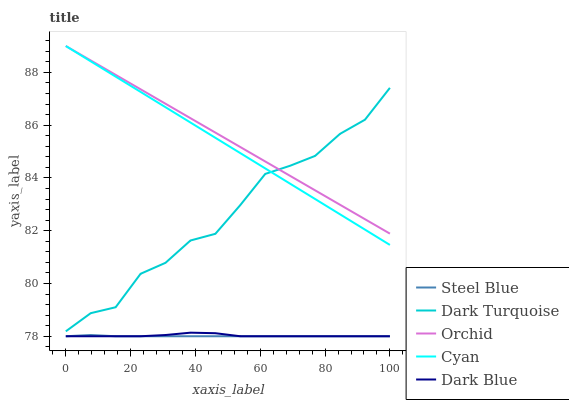
| xaxis_label | Steel Blue | Dark Turquoise | Orchid | Cyan | Dark Blue |
 | --- | --- | --- | --- | --- | --- |
 | 0 | 78 | 78.2 | 89 | 89 | 78 |
 | 7.69 | 78 | 78.9 | 88.5 | 88.4 | 78 |
 | 15.4 | 78 | 79.1 | 87.9 | 87.8 | 78 |
 | 23.1 | 78 | 80.4 | 87.4 | 87.3 | 78 |
 | 30.8 | 78 | 80.8 | 86.8 | 86.7 | 78 |
 | 38.5 | 78 | 81.6 | 86.3 | 86.1 | 78.1 |
 | 46.2 | 78 | 81.9 | 85.7 | 85.5 | 78.1 |
 | 53.8 | 78 | 83 | 85.2 | 84.9 | 78 |
 | 61.5 | 78 | 84.2 | 84.6 | 84.4 | 78 |
 | 69.2 | 78 | 84.5 | 84.1 | 83.8 | 78 |
 | 76.9 | 78 | 84.8 | 83.5 | 83.2 | 78 |
 | 84.6 | 78 | 85.7 | 83 | 82.6 | 78 |
 | 92.3 | 78 | 86.2 | 82.4 | 82 | 78 |
 | 100 | 78 | 87.4 | 81.9 | 81.5 | 78 |